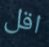
اقل